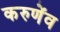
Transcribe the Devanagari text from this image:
करुणेंव